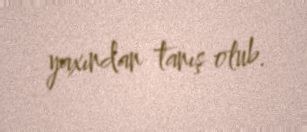
yaxından tanış olub.